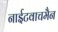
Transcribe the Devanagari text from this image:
नाईटवाचमैन